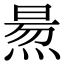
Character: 𤋁